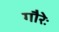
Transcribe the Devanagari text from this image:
गौरेः